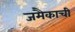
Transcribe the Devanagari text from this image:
जमैकाची